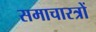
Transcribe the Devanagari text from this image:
समाचारत्रों